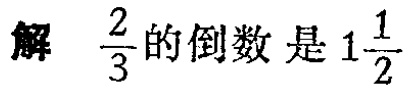
解 $\frac{2}{3}$的倒数是$1\frac{1}{2}$